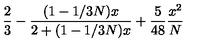
\frac { 2 } { 3 } - \frac { ( 1 - 1 / 3 N ) x } { 2 + ( 1 - 1 / 3 N ) x } + \frac { 5 } { 4 8 } \frac { x ^ { 2 } } { N }